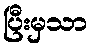
ပြီးမှသာ